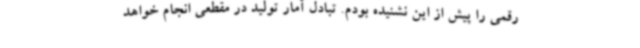
رقمی را پیش از این نشنیده بودم. تبادل آمار تولید در مقطعی انجام خواهد